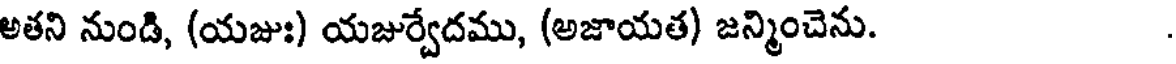
అతని నుండి, (యజుః) యజుర్వేదము, (అజాయత) జన్మించెను.